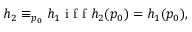
\begin{array} { r } { h _ { 2 } \equiv _ { p _ { 0 } } h _ { 1 } \mathrm { ~ i ~ f ~ f ~ } h _ { 2 } ( p _ { 0 } ) = h _ { 1 } ( p _ { 0 } ) , } \end{array}